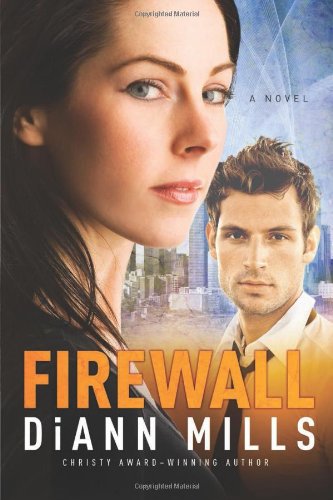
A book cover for Firewall (FBI: Houston); DiAnn Mills; Romance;